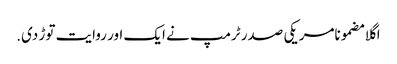
اگلا مضمونامریکی صدر ٹرمپ نے ایک اور روایت توڑ دی.